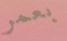
بعمر